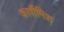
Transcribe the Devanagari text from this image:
कार्शैमिश